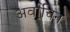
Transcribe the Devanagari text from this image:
अर्वाचिन